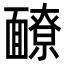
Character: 䩍